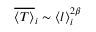
\overline { { \langle T \rangle } } _ { i } \sim \langle l \rangle _ { i } ^ { 2 \beta }